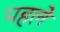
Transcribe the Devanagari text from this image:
पहले